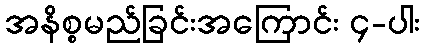
အနိစ္စမည်ခြင်းအကြောင်း ၄-ပါး